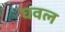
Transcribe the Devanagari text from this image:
घवल